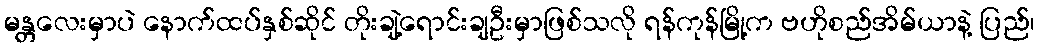
မန္တလေးမှာပဲ နောက်ထပ်နှစ်ဆိုင် တိုးချဲ့ရောင်းချဦးမှာဖြစ်သလို ရန်ကုန်မြို့က ဗဟိုစည်အိမ်ယာနဲ့ ပြည်၊